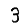
Digit: 3